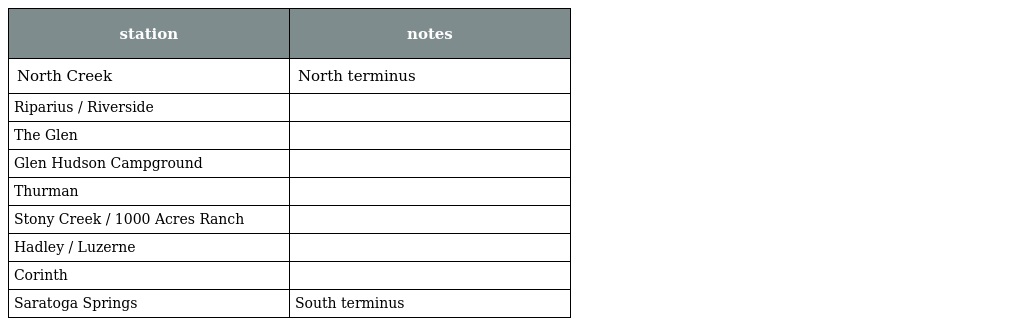
| station | notes |
 | --- | --- |
 | North Creek | North terminus |
 | Riparius / Riverside |  |
 | The Glen |  |
 | Glen Hudson Campground |  |
 | Thurman |  |
 | Stony Creek / 1000 Acres Ranch |  |
 | Hadley / Luzerne |  |
 | Corinth |  |
 | Saratoga Springs | South terminus |